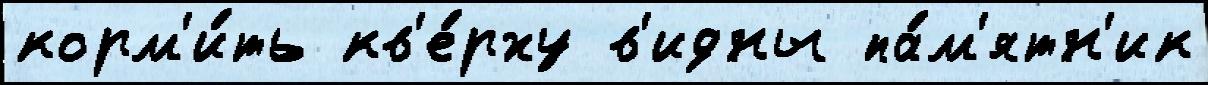
корм'и́ть кв'е́рху в'идны па́м'ятн'ик